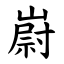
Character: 嶎